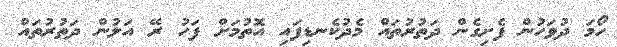
ހޯމަ ދުވަހުން ފެށިގެން ދަތުރުތައް މެދުކެނޑިފައި އޮތުމަށް ފަހު ރޭ އަލުން ދަތުރުތައް